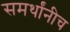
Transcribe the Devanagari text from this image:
समर्थांनीच